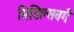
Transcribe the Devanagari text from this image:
मिडिल्सबर्ग